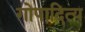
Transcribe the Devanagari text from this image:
गोपादित्य